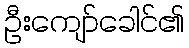
ဦးကျော်ခေါင်၏